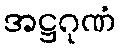
အဋ္ဌဂုဏံ